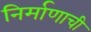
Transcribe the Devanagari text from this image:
निर्माणाची